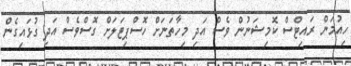
ހިއުމަން ރައިޓްސް ކޮމިޝަނުން ވެސް އަދި މިހާތަނަށް ހޮސްޕިޓަލަށް ގޮސްވެސް އަދި ގުޅައިގެން